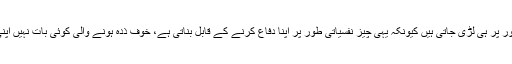
ہیمں نفسیاتی طورپر خود کو مضبوط بنانا ہو گا بہت سی جنگیں نفسیاتی طور پر ہی لڑی جاتی ہیں کیونکہ یہی چیز نفسیاتی طور پر اپنا دفاع کرنے کے قابل بناتی ہے، خوف ذدہ ہونے والی کوئی بات نہیں اپنی قوتِ ارادی کو مضبوط بنا کر اس سے لڑنا اور فتح حاصل کرنی ہو گی ۔